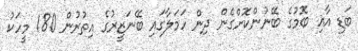
ބަޑި އާއި ބޮމުގެ ބޭނުންކޮށްގެން ދިން ހަމަލާގައި ބޭނަޒީރުގެ އިތުރުން 180 މީހަކު